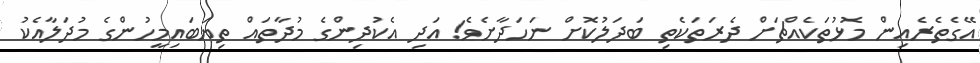
އޭގެތެރެއިން މޮޅުތަކެއްޗަށް ދެރަތަކެތި ބަދަލުކޮށް ނަހަދާށެވެ! އަދި އެކުދިންގެ މުދާތައް ތިޔަބައިމީހުންގެ މުދަލާއެކު